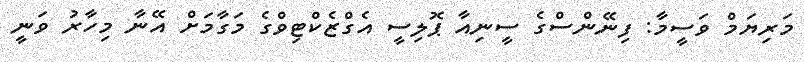
މަރިޔަމް ވަސީމާ: ފިނޭންސްގެ ސީނިއާ ޕޮލިސީ އެގްޒެކްޓިވްގެ މަގާމަށް އޭނާ މިހާރު ވަނީ